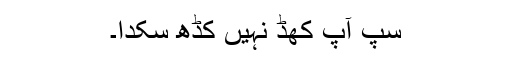
سپ آپ کھُڈ نہیں کڈھ سکدا۔